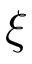
\xi